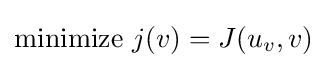
{\text{minimize}}\ j(v)=J(u_{v},v)